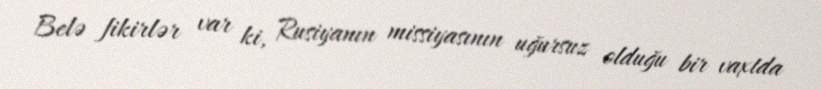
Belə fikirlər var ki, Rusiyanın missiyasının uğursuz olduğu bir vaxtda